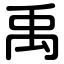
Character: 禹